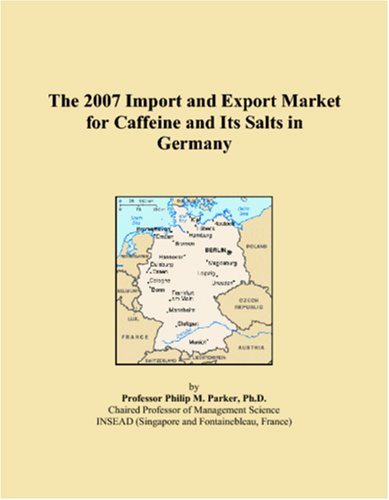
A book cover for The 2007 Import and Export Market for Caffeine and Its Salts in Germany; Philip M. Parker; Health, Fitness & Dieting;